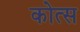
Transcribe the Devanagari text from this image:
कोत्स